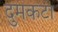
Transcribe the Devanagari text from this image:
दुमकटा